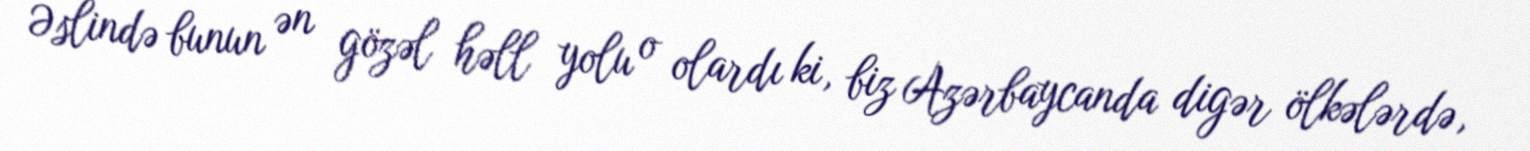
Əslində bunun ən gözəl həll yolu o olardı ki, biz Azərbaycanda digər ölkələrdə,